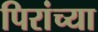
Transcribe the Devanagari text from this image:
पिरांच्या